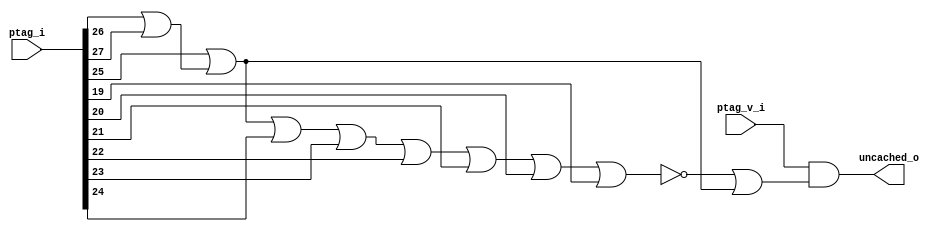
module bp_pma_05
(
  ptag_v_i,
  ptag_i,
  uncached_o
);

  input [27:0] ptag_i;
  input ptag_v_i;
  output uncached_o;
  wire uncached_o,is_local_addr,N0,N1,N2,N3,N4,N5,N6,N7,N8,N9,N10;
  assign N0 = ptag_i[26] | ptag_i[27];
  assign N1 = ptag_i[25] | N0;
  assign is_local_addr = ~N9;
  assign N9 = N8 | ptag_i[19];
  assign N8 = N7 | ptag_i[20];
  assign N7 = N6 | ptag_i[21];
  assign N6 = N5 | ptag_i[22];
  assign N5 = N4 | ptag_i[23];
  assign N4 = N3 | ptag_i[24];
  assign N3 = N2 | ptag_i[25];
  assign N2 = ptag_i[27] | ptag_i[26];
  assign uncached_o = ptag_v_i & N10;
  assign N10 = is_local_addr | N1;

endmodule